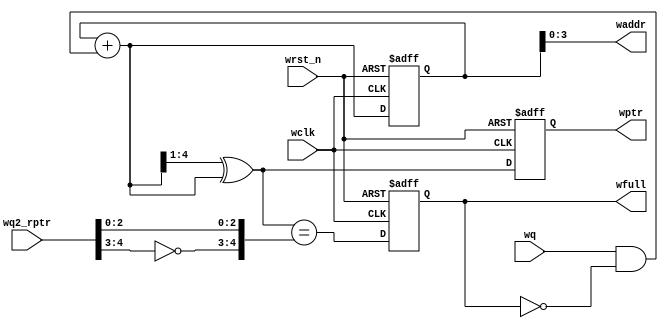
module wptr_full
#(
    parameter ADDRSIZE = 4
)
(
    output reg                wfull,
    output     [ADDRSIZE-1:0] waddr,
    output reg [ADDRSIZE  :0] wptr,
    input      [ADDRSIZE  :0] wq2_rptr,
    input                     wq, wclk, wrst_n
);
  reg  [ADDRSIZE:0] wbin;
  wire [ADDRSIZE:0] wgraynext, wbinnext;
  // GRAYSTYLE2 pointer
  always @(posedge wclk or negedge wrst_n) begin
      if (!wrst_n)
          {wbin, wptr} <= 0;
      else
          {wbin, wptr} <= {wbinnext, wgraynext};
  end
  // Memory write-address pointer (okay to use binary to address memory)
  assign waddr = wbin[ADDRSIZE-1:0];
  assign wbinnext  = wbin + (wq & ~wfull);
  assign wgraynext = (wbinnext>>1) ^ wbinnext; //
 
  //msb not equal msb -1 bit, and other bits are same, then full
  assign wfull_val = (wgraynext=={~wq2_rptr[ADDRSIZE:ADDRSIZE-1],wq2_rptr[ADDRSIZE-2:0]});
  always @(posedge wclk or negedge wrst_n)
      if (!wrst_n)
          wfull  <= 1'b0;
      else
          wfull  <= wfull_val;

endmodule